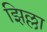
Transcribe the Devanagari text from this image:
झिल्ला